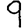
Digit: 9